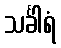
သင်္ခါရံ